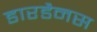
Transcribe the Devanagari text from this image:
डारडैनस